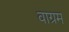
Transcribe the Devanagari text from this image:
वाग्रम